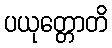
ပယုတ္တောတိ